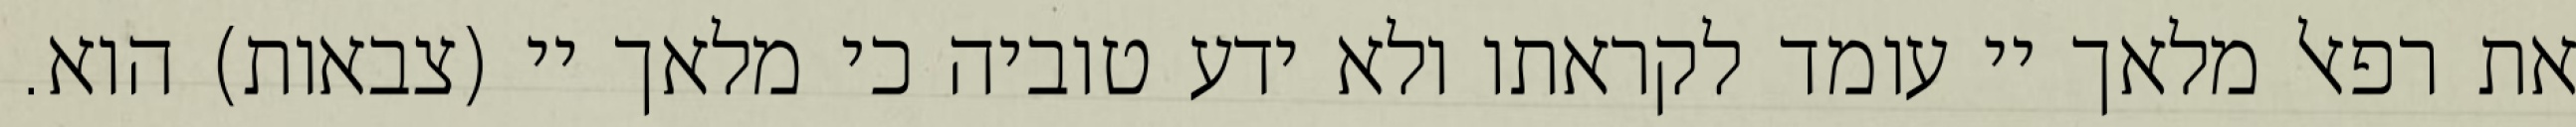
את רפאל מלאך יי עומד לקראתו ולא ידע טוביה כי מלאך יי (צבאות) הוא.